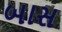
બાસ